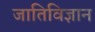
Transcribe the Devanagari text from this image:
जातिविज्ञान